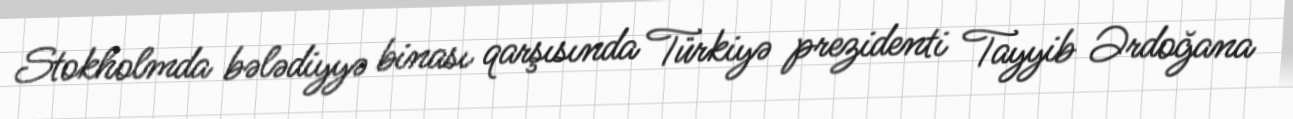
Stokholmda bələdiyyə binası qarşısında Türkiyə prezidenti Tayyib Ərdoğana